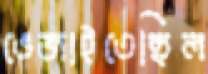
ভেজাইতেছিল